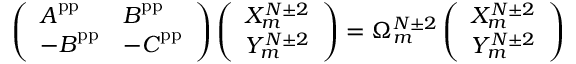
\left( \begin{array} { l l } { \boldsymbol { A } ^ { \mathrm { p p } } } & { \boldsymbol { B } ^ { \mathrm { p p } } } \\ { - \boldsymbol { B } ^ { \mathrm { p p } } } & { - \boldsymbol { C } ^ { \mathrm { p p } } } \end{array} \right) \left( \begin{array} { l } { X _ { m } ^ { N \pm 2 } } \\ { Y _ { m } ^ { N \pm 2 } } \end{array} \right) = \Omega _ { m } ^ { N \pm 2 } \left( \begin{array} { l } { X _ { m } ^ { N \pm 2 } } \\ { Y _ { m } ^ { N \pm 2 } } \end{array} \right)